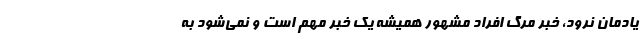
یادمان نرود، خبر مرگ افراد مشهور همیشه یک خبر مهم است و نمی‌شود به